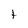
Character: t